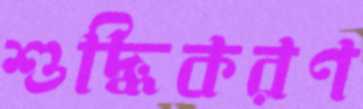
শুদ্ধিকরণ